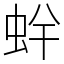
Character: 䖫